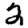
Digit: 2